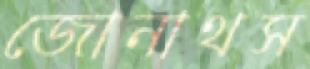
জোনাথস